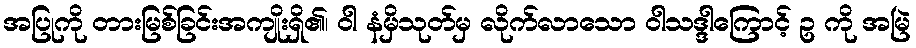
အပြုကို တားမြစ်ခြင်းအကျိုးရှိ၏၊ ဝါ နံမှိသုတ်မှ လိုက်လာသော ဝါသဒ္ဒါကြောင့် ဥ ကို အမြဲ